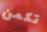
تكمن